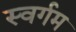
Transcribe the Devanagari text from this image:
स्वर्गम